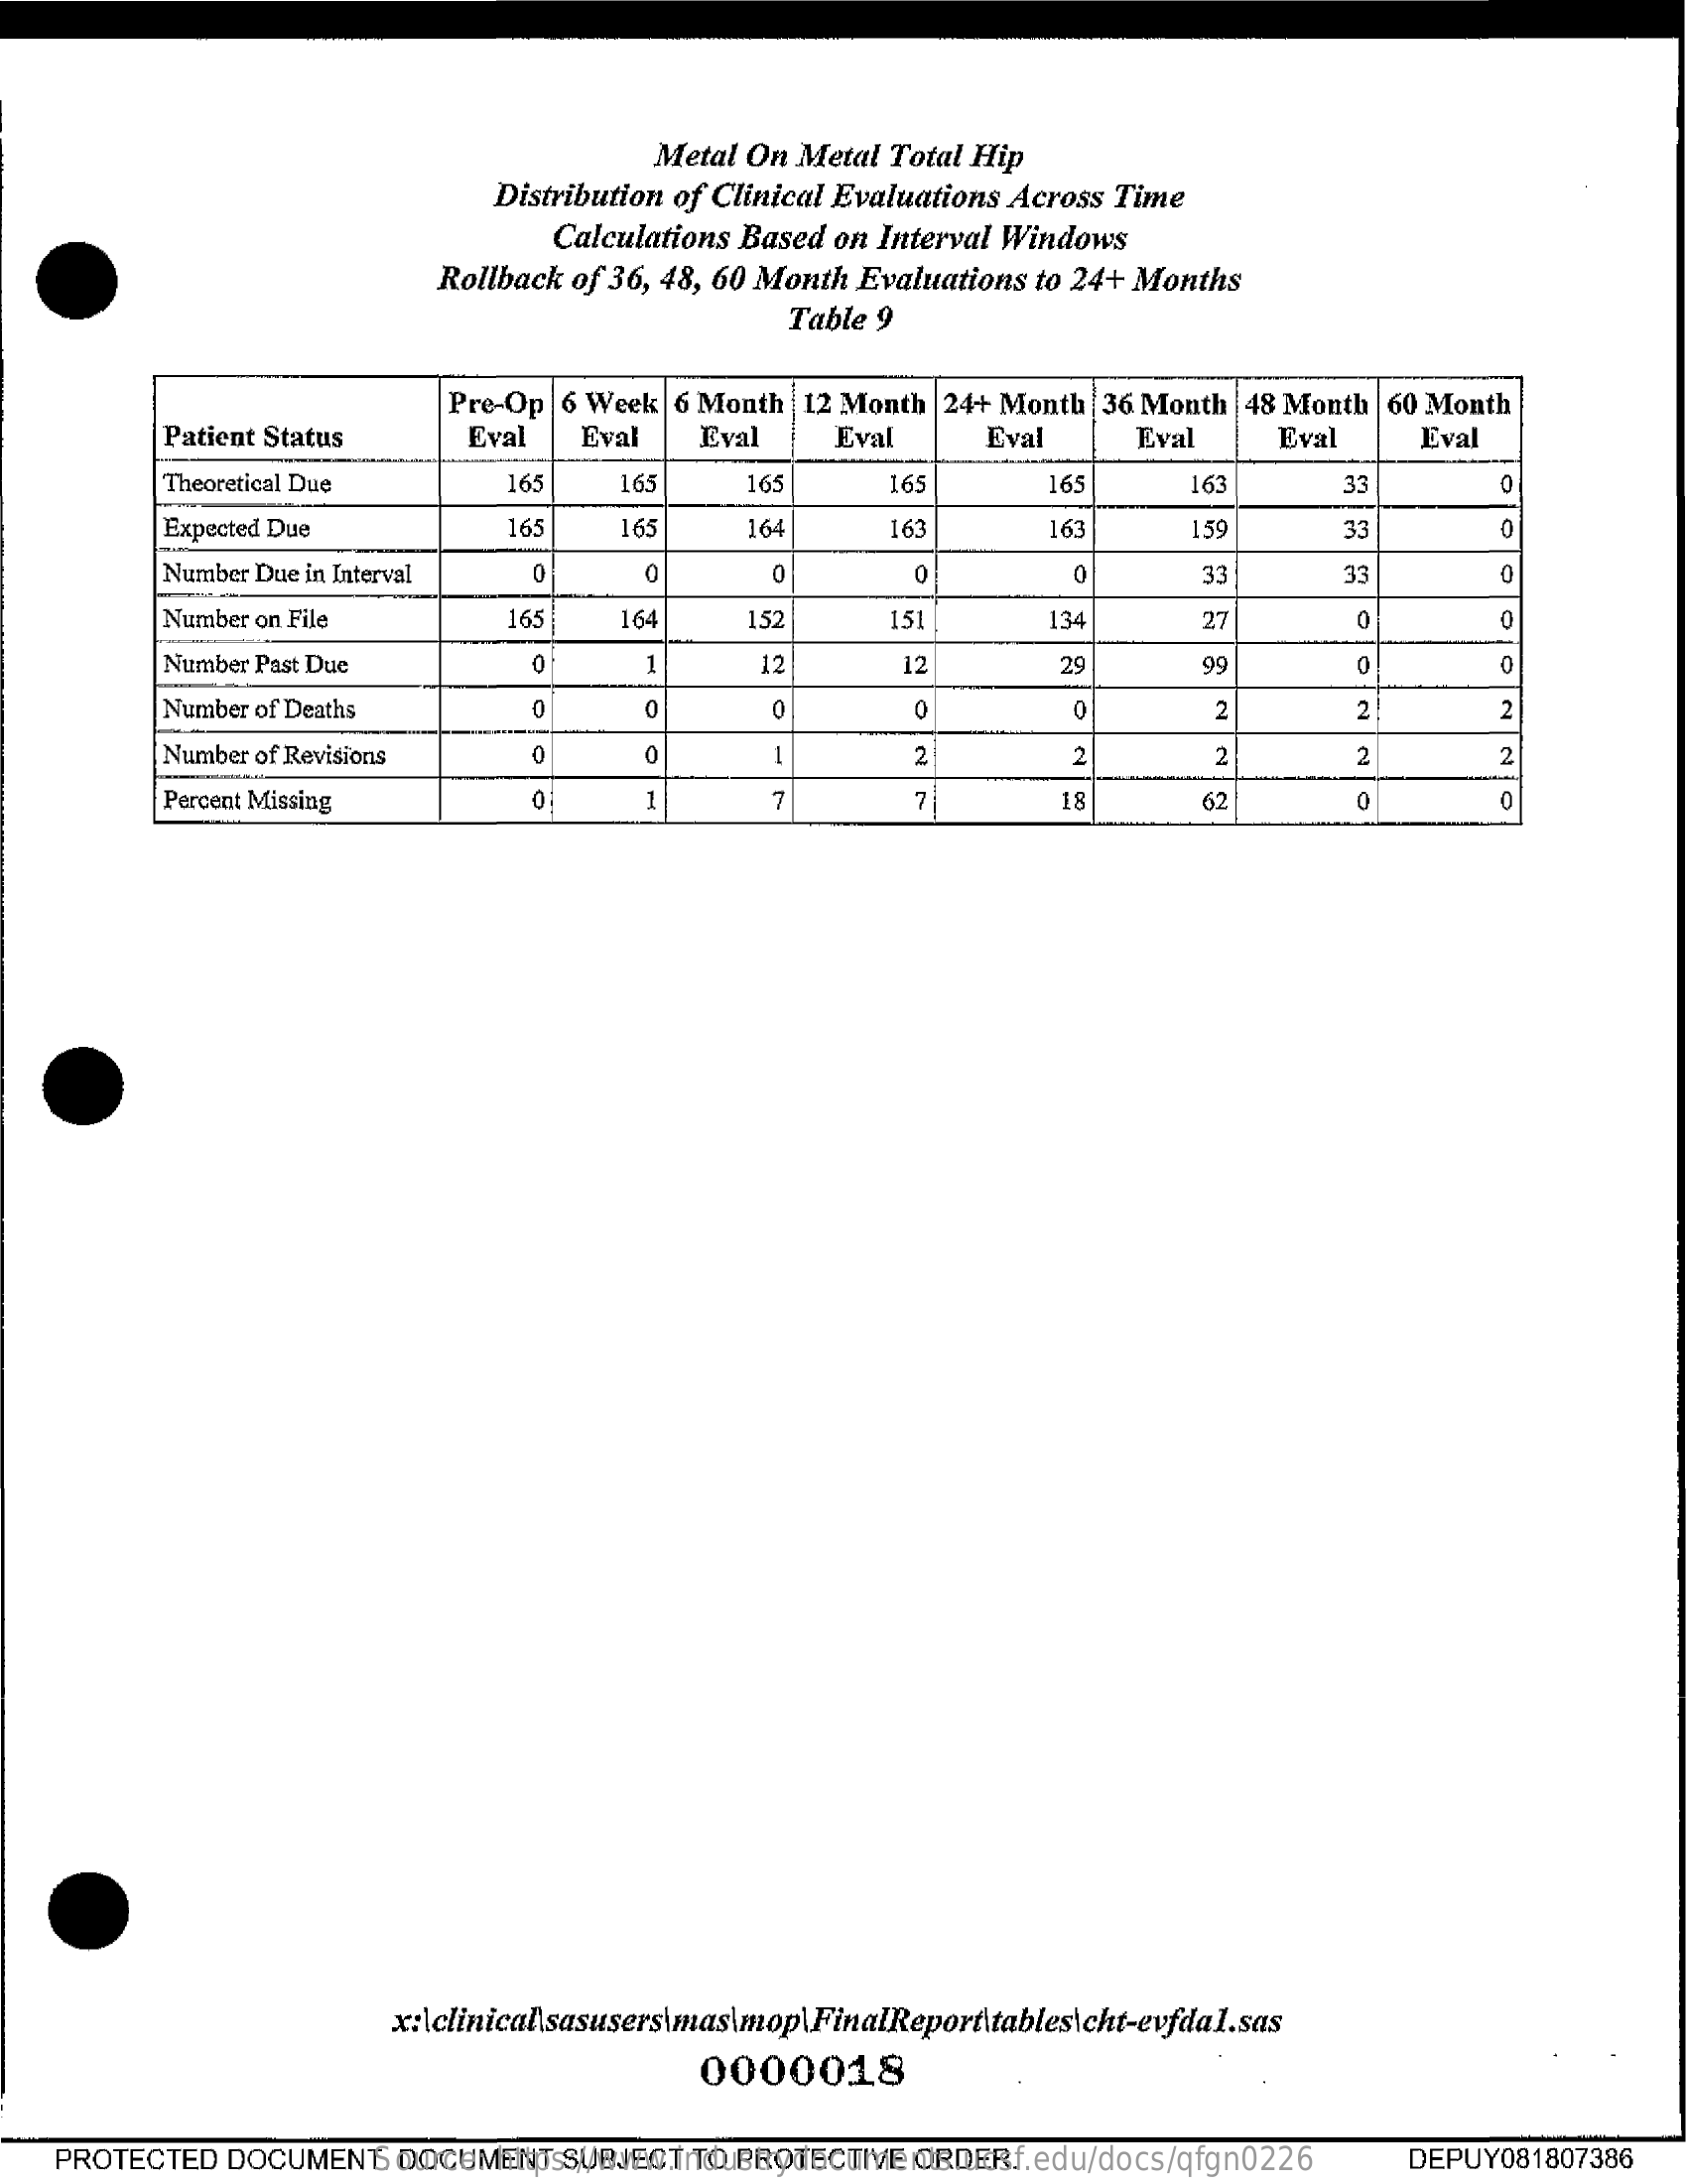
Metal On  Metal   Total Hip
     Distribution  of Clinical Evaluations   Across  Time
     Calculations   Based  on  Interval Windows
     Rollback  of 36, 48, 60 Month   Evaluations   to 24+  Months
     Table  9
     Pre-Op   6 Week   6 Month   12 Month   24+ Month   36 Month    48 Month   60 Month
     Patient Status    Eval    Eval    Eval    Eval    Eval    Eval    Eval    Eval
     Theoretical Due    165    165    165    165    165    163    33
     Expected Due    165    165    164    163    163    159    33
     Number Due in Interval    33    33
     Number on File    165    164    152    151    134    27    0
     Number Past Due
     - 0    12    12    29    99    0
     Number of Deaths    0    2    2    2
     Number of Revisions
     -
     2    2    2    2
     Percent Missing    0    7    7    18    62    0
     x:\clinicalsasusers\mas\mop\FinalReport\tables\cht-evfdal.sas
     0000018
    PROTECTED    DOCUMENT.    DOCUMENT    SUBJECT   TO PROTECTIVE    ORDER. Source: https://www.industrydocuments.ucsf.edu/docs/qfgn0226 DEPUY081807386